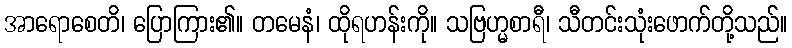
အာရောစေတိ၊ ပြောကြား၏။ တမေနံ၊ ထိုရဟန်းကို။ သဗြဟ္မစာရီ၊ သီတင်းသုံးဖောက်တို့သည်။